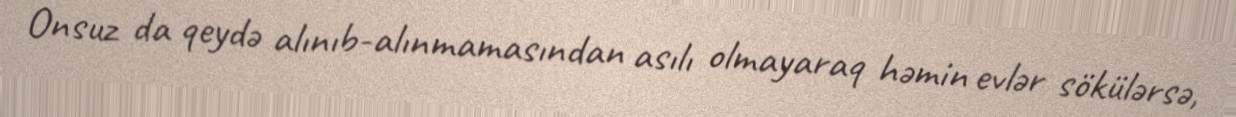
Onsuz da qeydə alınıb-alınmamasından asılı olmayaraq həmin evlər sökülərsə,